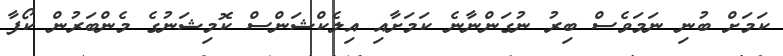
ކަމަށް ބުނި ނަމަވެސް ބިރު ނުގަންނާނެ ކަމަށާއި އިލެކްޝަންސް ކޮމިޝަނުގެ މެންބަރުން ކޯފާ